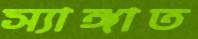
স্যাঙ্গাত